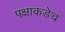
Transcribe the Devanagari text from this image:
पक्षाकडेच